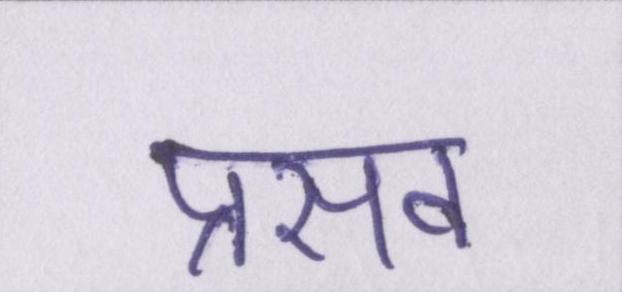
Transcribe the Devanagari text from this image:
प्रसव